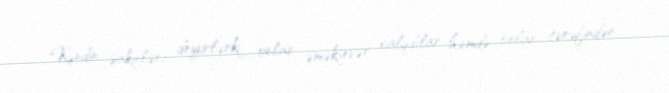
Kəndin sakinləri deyirlərki, onlar əməksevər xalqdılar həmdə onlar tərəfindən